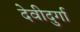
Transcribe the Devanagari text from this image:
देवीदुर्गा